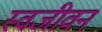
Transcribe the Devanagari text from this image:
स्वजीवन